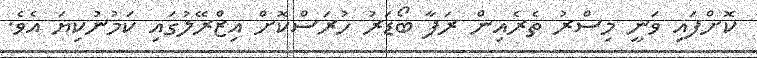
ކޮށްފައި ވަނީ މިސްރު ތެރެއިން ރަފާ ބޯޑަރު ހުރަސްކޮށް އިޒްރޭލުގައި ކަމުނުކިޔަ އެވެ.